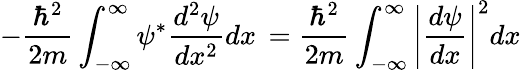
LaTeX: -{\frac{\hbar^{2}}{2m}}\int_{-\infty}^{\infty}\psi^{*}{\frac{d^{2}\psi}{dx^{2}}}dx\, ={\frac{\hbar^{2}}{2m}}\int_{-\infty}^{\infty}\left|{\frac{d\psi}{dx}}\right|^{2}dx